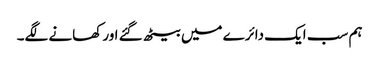
ہم سب ایک دائرے میں بیٹھ گئے اور کھانے لگے۔